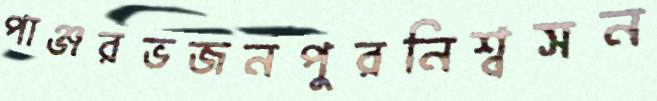
পাঞ্জরভজনপুরনিশ্বসন